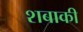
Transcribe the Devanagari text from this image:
शबाकी